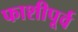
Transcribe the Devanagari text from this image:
फाशीपूर्व